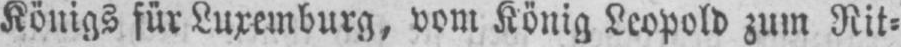
Königs für Luxemburg, vom König Leopold zum Rit⸗